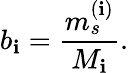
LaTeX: b_{\mathbf{i}}=\frac{{m_{s}^{(\mathbf{i})}}}{{M_{\mathbf{i}}}}.